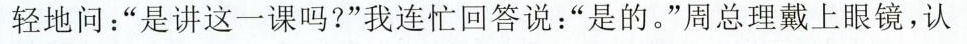
轻地问：”是讲这一课吗?”我连忙回答说：”是的。”周总理戴上眼镜，认